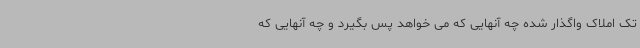
تک املاک واگذار شده چه آنهایی که می خواهد پس بگیرد و چه آنهایی که